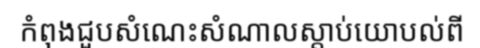
កំពុងជួបសំណេះសំណាលស្តាប់យោបល់ពី